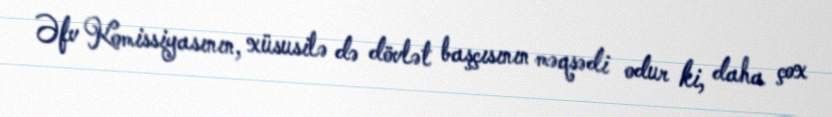
Əfv Komissiyasının, xüsusilə də dövlət başçısının məqsədi odur ki, daha çox